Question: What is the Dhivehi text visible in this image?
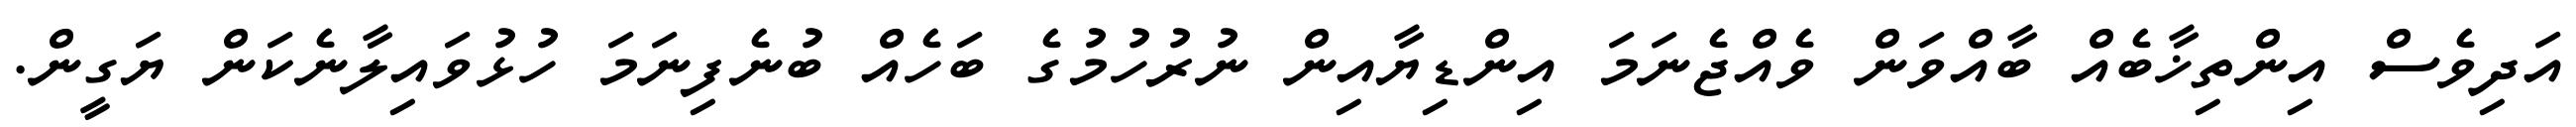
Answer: އަދިވެސް އިންތިޚާބެއް ބާއްވަން ވެއްޖެނަމަ އިންޑިޔާއިން ނުރުހުމުގެ ބަހެއް ބުނެފިނަމަ ހުޅުވައިލާނެކަން ޔަގީން.